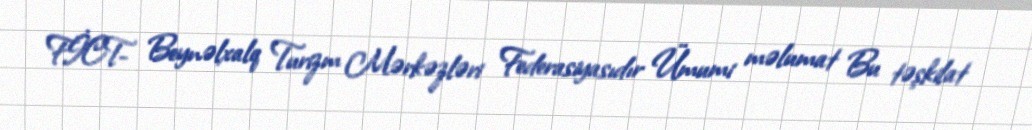
FİCT- Beynəlxalq Turizm Mərkəzləri Federasiyasıdır Ümumi məlumat Bu təşkilat